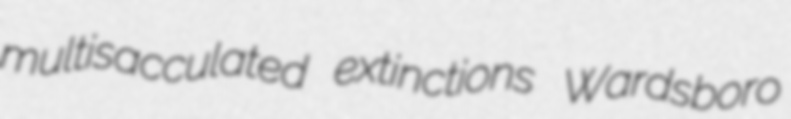
multisacculated extinctions Wardsboro